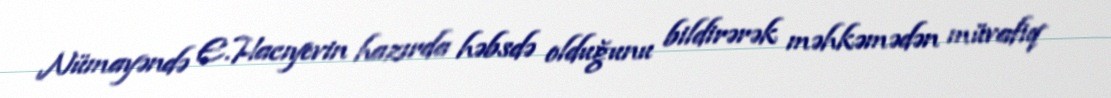
Nümayəndə E.Hacıyevin hazırda həbsdə olduğunu bildirərək məhkəmədən müvafiq